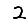
Digit: 2